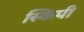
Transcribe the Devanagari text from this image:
स्किपी